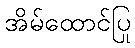
အိမ်ထောင်ပြု